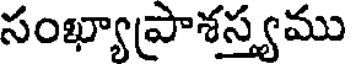
సంఖ్యాప్రాశస్త్యము